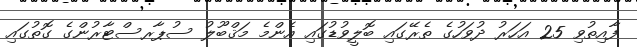
ފާއިތުވި 25 އަހަރު ދުވަހުގެ ތެރޭގައި ބޮލީވުޑުގައި އެންމެ މަޤްބޫލު ސުޕާރސްޓާރުންގެ ގޮތުގައި